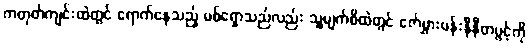
ကတုတ်ကျင်းထဲတွင် ရောက်နေသည့် မစ်ရှောသည်လည်း သူ့မျက်စိထဲတွင် ဇော်မွှားပန်းနီနီတပွင့်ကို